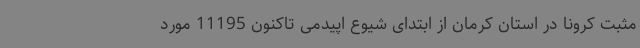
مثبت کرونا در استان کرمان از ابتدای شیوع اپیدمی تاکنون 11195 مورد